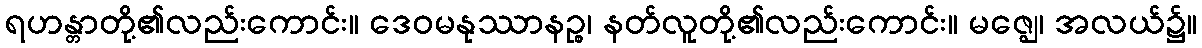
ရဟန္တာတို့၏လည်းကောင်း။ ဒေဝမနုဿာနဉ္စ၊ နတ်လူတို့၏လည်းကောင်း။ မဇ္ဈေ၊ အလယ်၌။